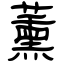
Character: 薰